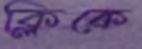
ক্লিকে